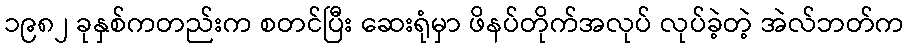
၁၉၈၂ ခုနှစ်ကတည်းက စတင်ပြီး ဆေးရုံမှာ ဖိနပ်တိုက်အလုပ် လုပ်ခဲ့တဲ့ အဲလ်ဘတ်က